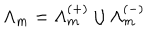
LaTeX: \Lambda _ { m } = \Lambda _ { m } ^ { ( + ) } \cup \Lambda _ { m } ^ { ( - ) }